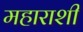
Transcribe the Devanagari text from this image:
महाराशी